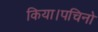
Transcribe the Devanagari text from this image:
किया।पचिनो